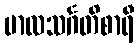
ဗာလသင်္ဂတိစာရီ